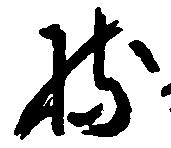
持